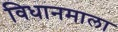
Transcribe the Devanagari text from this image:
विधानमाला